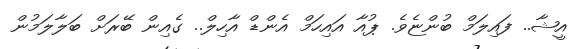
އީޝާ.. ފައިލަމް ބުންޏެވެ. ޕުއާ އައިހަމް އެންޑް އާހިލް.. ގެއިން ބޭރަށް ބަލާލަމުން